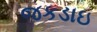
જકડાઇ